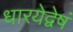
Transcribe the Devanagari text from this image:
धारयेद्वेषं